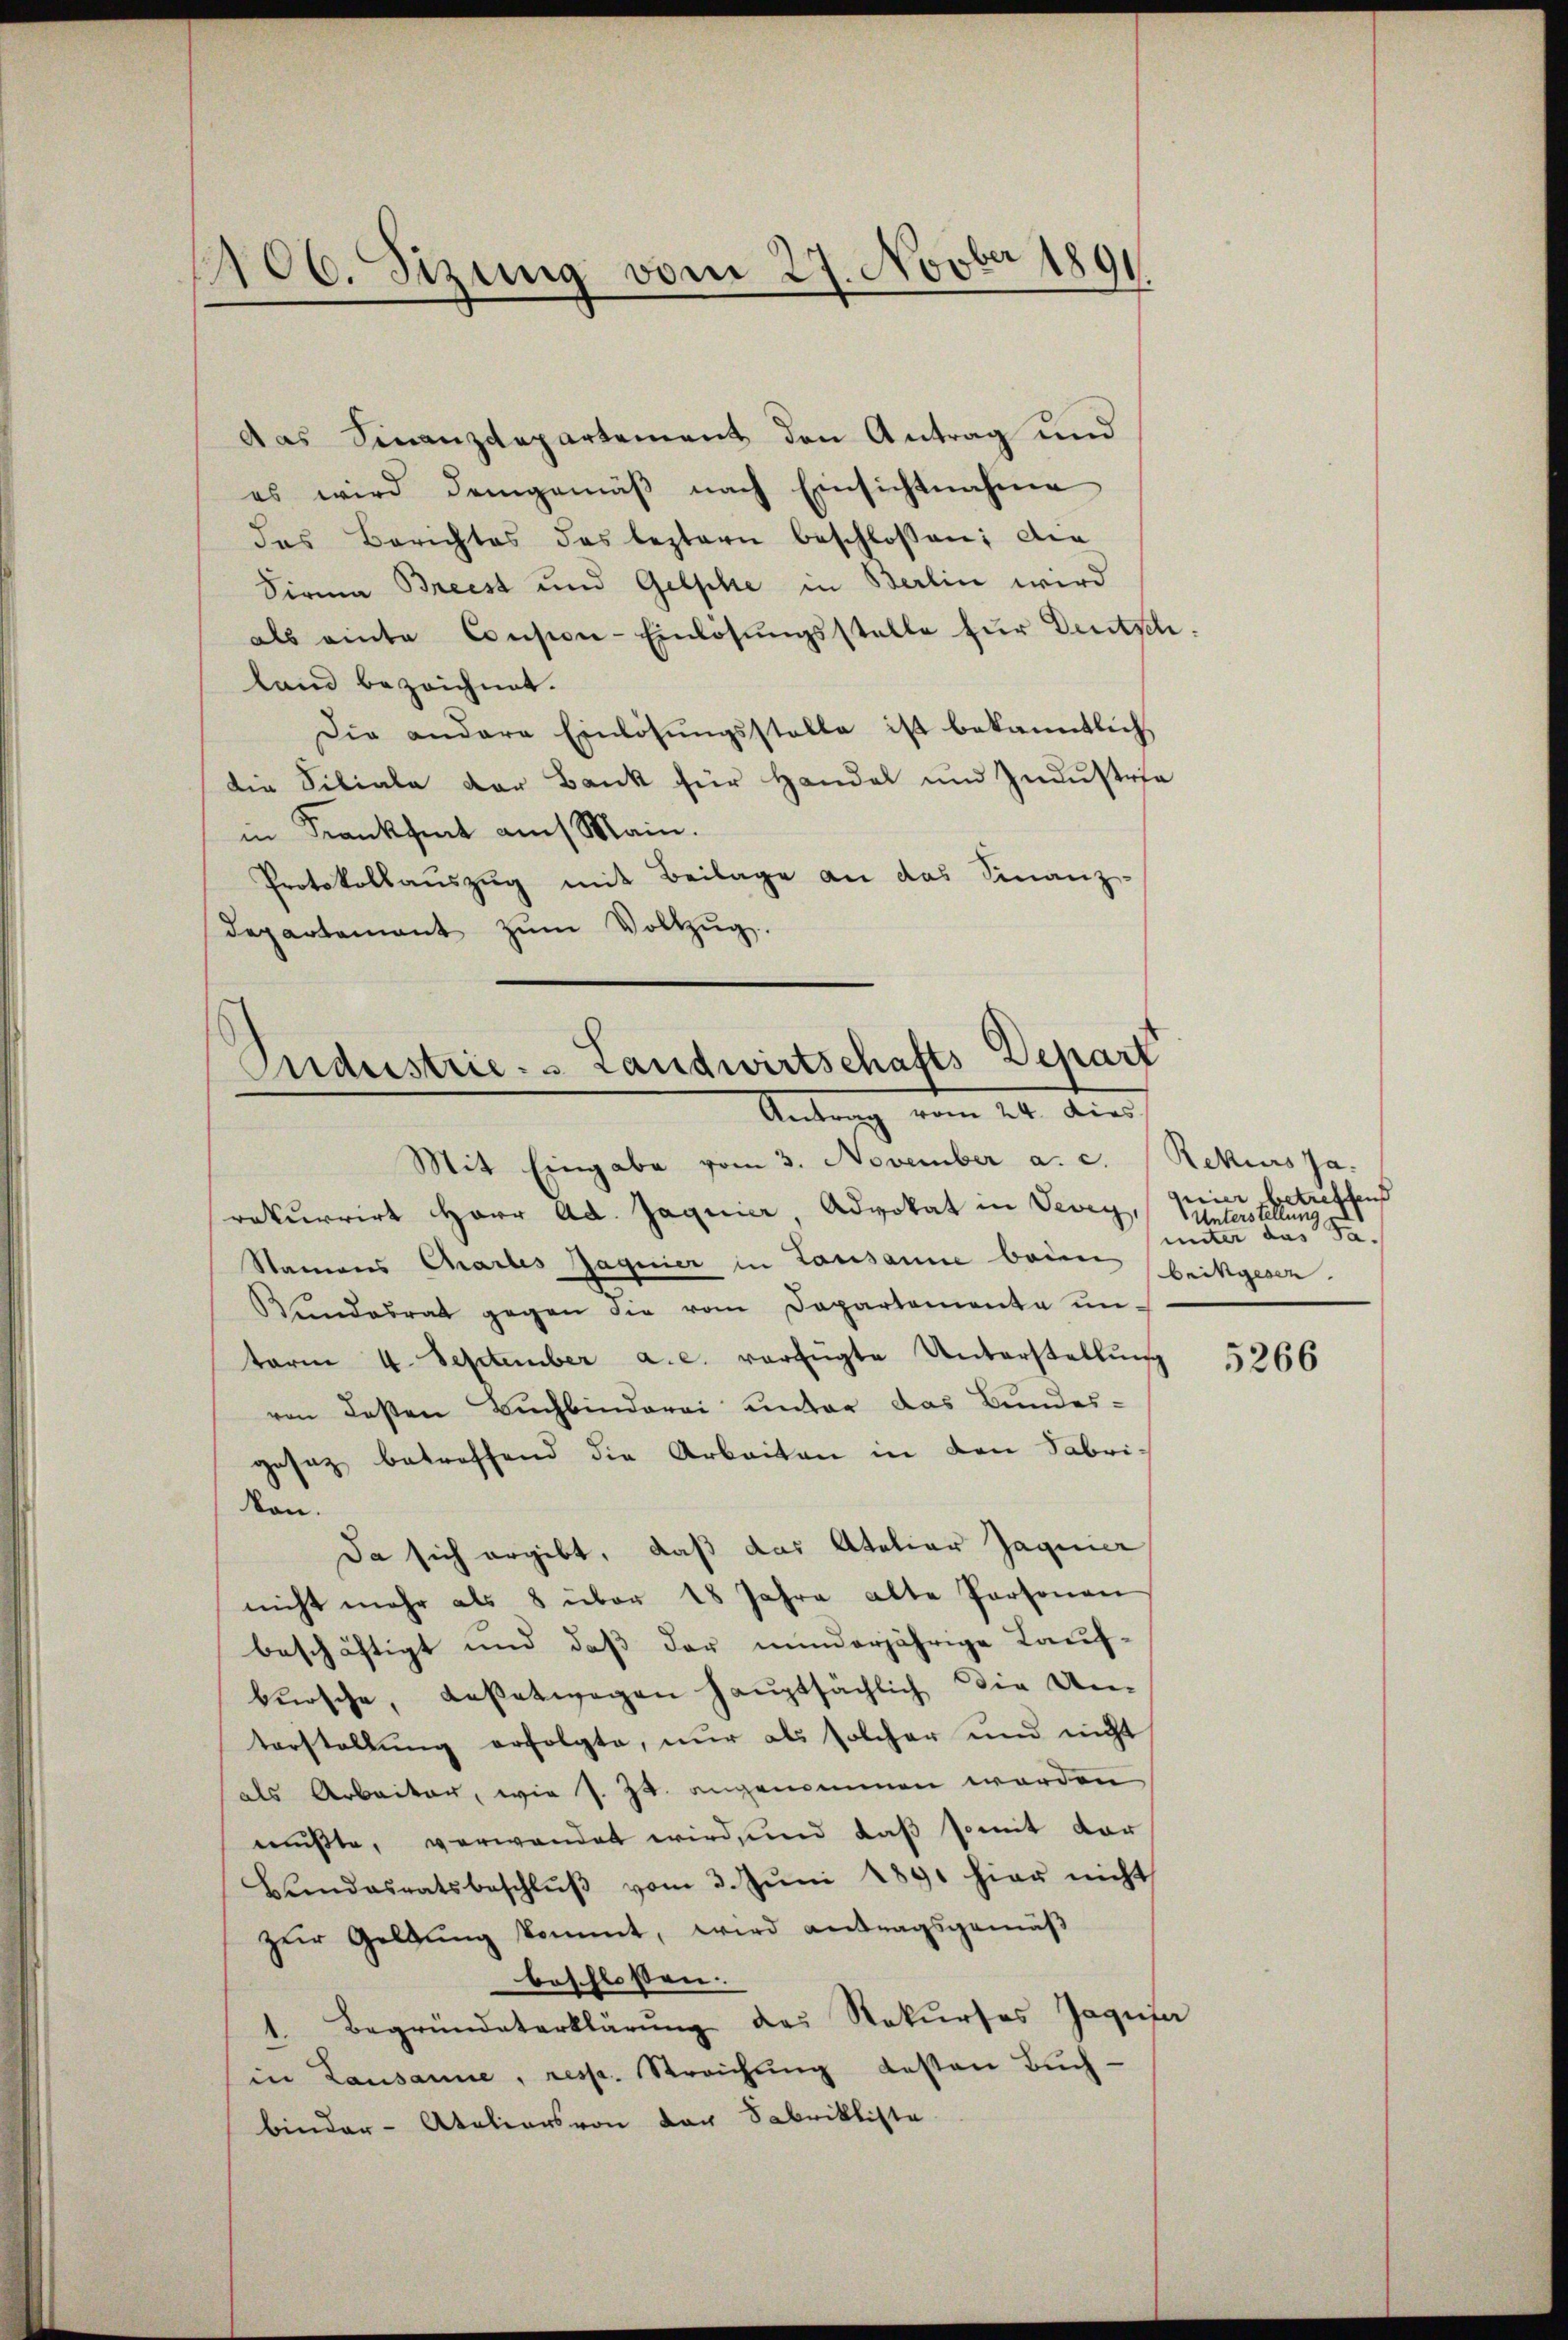
106. Sizung vom 27. Novber 1891

Das Finanzdepartement den Antrag und
es wird demgemäβ nach Einsichtnahme
das Berichtes des leztern beschlossen; die
Sirma Breest und Gelphe in Berlin wird
als einte Consion-Einlösungsstelle für Deutschland bezeichnet.
Die andere Einlösŭngsstelle ist bekanntlich
die Filiale der Bank für Handel und Industria
in Krankheit auf Main.
Protokollauszug mit Beilage an das Finanz-
departement zŭm Vollzŭg.

Andustrie. - Landwirtschafts Depart
Antrag vom 24. dies

Mit Eingabe vom 3. November a. c. Rekurs Ja
rekurrirt Herr Ad. Jaguier, Advokat in Vevey,
Namens Chartes Jagnier in Lausanne beim
Bundesrat gegen die vom Departemente un-
term 4. September a.c. verfügte Unterstellŭng
ven deßen Buchbinderei unter das Bundes-
gesez betreffend die Arbeiten in den Fabri¬
Non.
Da sich ergibt, daß das Ateliar Jaguier
nicht mehr als 8 über 18 Jahre alte Personen
beschäftigt und daß der minderjährige Lauf-
bursche, Kaßetwegen hauptsächlich die Um-
torstellung erfolgte, nur als solcher und nicht
als Arbeiter, wie s. Zt. angenommen worden
mußte, verwendet wird, und daß somit der
Bŭndesratsbeschlŭβ vom 3. Jŭni 1891 hier nicht
zŭr Geldung kommt, wird antragsgemäβ
beschlossen:
Begründeterklärŭng des Rekurses Jagusa
in Lausanne, resp. Streichung besten Buch-
binder-Ataliers von der Fabrikliste

geier betreffend
Unterstellung
unter das Ja
brikgesen.

5266